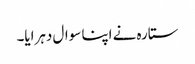
ستارہ نے اپنا سوال دہرایا۔